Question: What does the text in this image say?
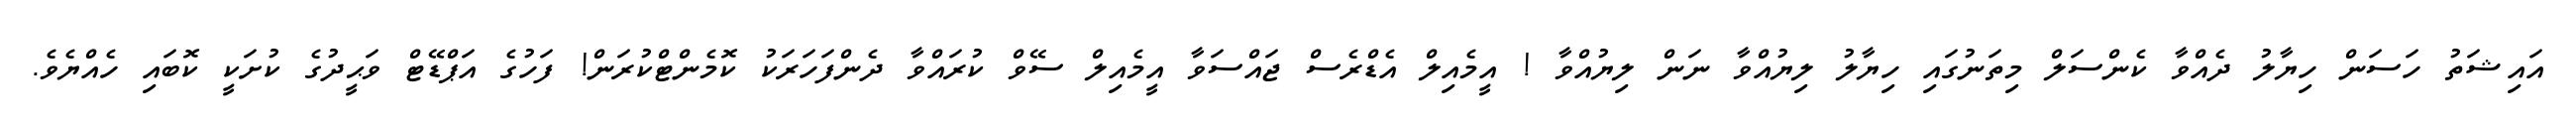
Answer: އައިޝަތު ހަސަން ހިޔާލު ދެއްވާ ކެންސަލް މިތަނުގައި ހިޔާލު ލިޔުއްވާ ނަން ލިޔުއްވާ ! އީމެއިލް އެޑްރެސް ޖައްސަވާ އީމެއިލް ސޭވް ކުރައްވާ ދެންފަހަރަކު ކޮމެންޓްކުރަން! ފަހުގެ އަޕްޑޭޓް ވަޙީދުގެ ކުށަކީ ކޮބައި ހެއްޔެވެ.